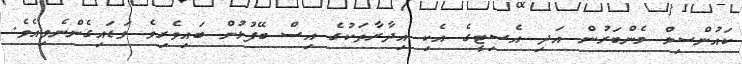
ކައުންސިލް މެންބަރުން އަދި އެސިޓީގެ އެކި އިދާރާތަކުގެ އިސް ބޭފުޅުން ބައިވެރިވެ ވަޑައިގެންނެވިއެވެ.